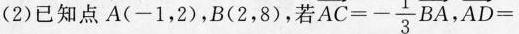
(2)已知点 A(-1,2),B(2,8),若 $$\overrightarrow{AC}=- \frac{1}{3}\overrightarrow{BA}$$ $$\overrightarrow{AD}=